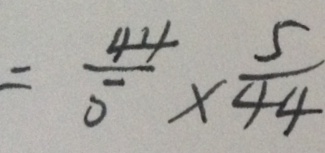
= \frac { 4 4 } { 5 } \times \frac { 5 } { 4 4 }